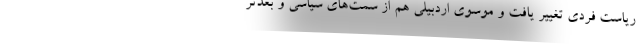
ریاست فردی تغییر یافت و موسوی اردبیلی هم از سمت‌های سیاسی و بعدتر